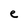
Character: e